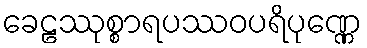
ခေဠဿုစ္စာရပဿဝပရိပုဏ္ဏေ